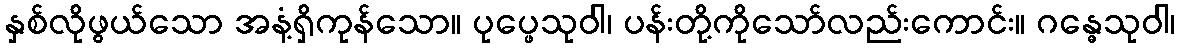
နှစ်လိုဖွယ်သော အနံ့ရှိကုန်သော။ ပုပ္ဖေသုဝါ၊ ပန်းတို့ကိုသော်လည်းကောင်း။ ဂန္ဓေသုဝါ၊